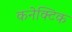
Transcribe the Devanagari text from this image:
कनेक्टिक